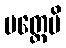
ပတ္ထေမိ